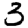
Digit: 3